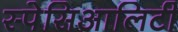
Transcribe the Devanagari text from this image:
स्पेसिआलिटी